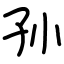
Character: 孙